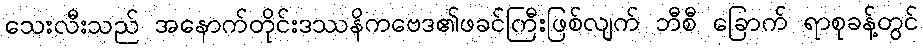
သေးလီးသည် အနောက်တိုင်းဒဿနိကဗေဒ၏ဖခင်ကြီးဖြစ်လျက် ဘီစီ ခြောက် ရာစုခန့်တွင်